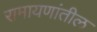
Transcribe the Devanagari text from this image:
रामायणांतील